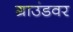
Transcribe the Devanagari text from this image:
ग्राउंडवर